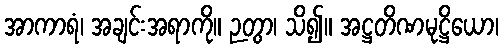
အာကာရံ၊ အချင်းအရာကို။ ဉတွာ၊ သိ၍။ အဋ္ဌတိဏမုဋ္ဌိယော၊